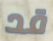
قد